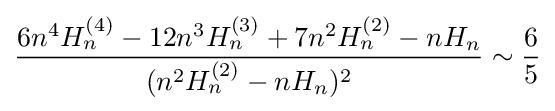
{\frac {6n^{4}H_{n}^{(4)}-12n^{3}H_{n}^{(3)}+7n^{2}H_{n}^{(2)}-nH_{n}}{(n^{2}H_{n}^{(2)}-nH_{n})^{2}}}\sim {\frac {6}{5}}